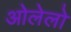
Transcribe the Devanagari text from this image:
ओलेलो